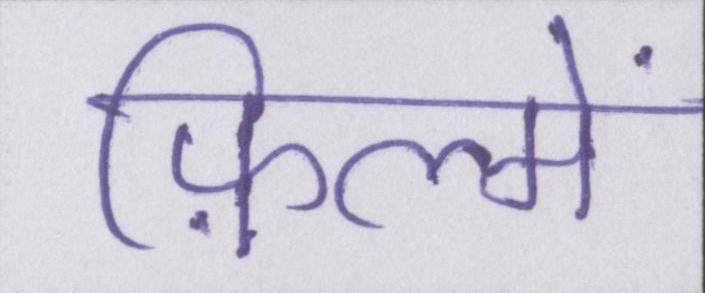
फ़िल्में